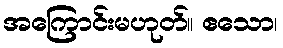
အကြောင်းမဟုတ်။ ဧသော၊